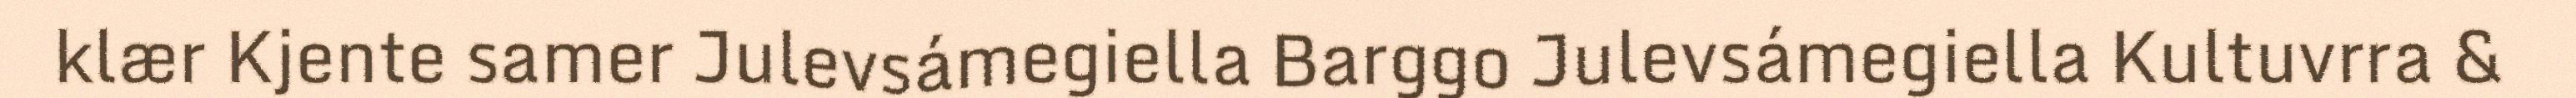
klær Kjente samer Julevsámegiella Barggo Julevsámegiella Kultuvrra &